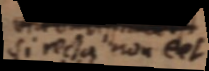
si recta non et